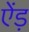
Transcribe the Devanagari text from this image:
ऐंड़